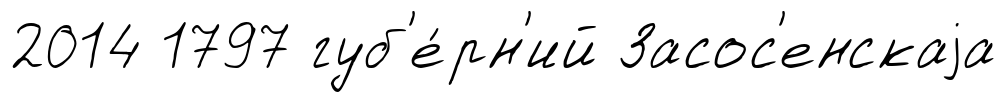
2014 1797 губ'е́рн'ий Засос'енскаjа